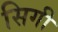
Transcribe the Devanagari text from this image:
सिगी